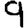
Digit: 9